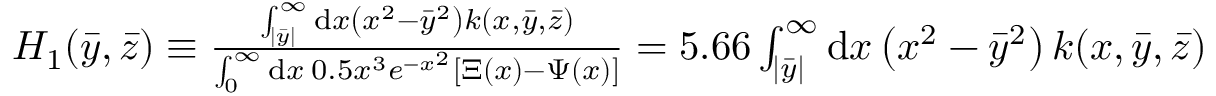
\begin{array} { r } { H _ { 1 } ( \Bar { y } , \Bar { z } ) \equiv \frac { \int _ { | \bar { y } | } ^ { \infty } \mathrm { d } x \left( x ^ { 2 } - \bar { y } ^ { 2 } \right) k ( x , \bar { y } , \bar { z } ) } { \int _ { 0 } ^ { \infty } \mathrm { d } x \: 0 . 5 x ^ { 3 } e ^ { - x ^ { 2 } } [ \Xi ( x ) - \Psi ( x ) ] } = 5 . 6 6 \int _ { | \bar { y } | } ^ { \infty } \mathrm { d } x \left( x ^ { 2 } - \bar { y } ^ { 2 } \right) k ( x , \bar { y } , \bar { z } ) } \end{array}